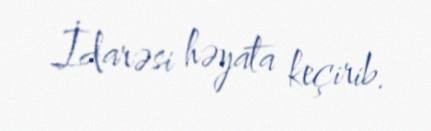
İdarəsi həyata keçirib.